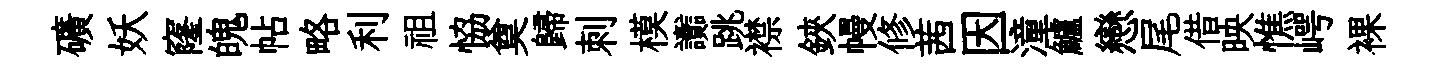
礦妖窿魄帖略利祖恊奠歸刺模讟跳襟鋏幔修茜因潼鱸戀尾借映憔崿裸